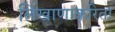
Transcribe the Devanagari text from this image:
लिखाणाकरिता